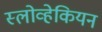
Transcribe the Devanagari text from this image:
स्लोव्हेकियन